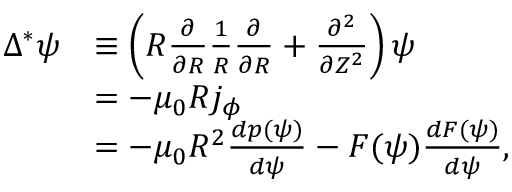
\begin{array} { r l } { \Delta ^ { * } \psi } & { \equiv \left( R \frac { \partial } { \partial R } \frac { 1 } { R } \frac { \partial } { \partial R } + \frac { \partial ^ { 2 } } { \partial Z ^ { 2 } } \right) \psi } \\ & { = - \mu _ { 0 } R j _ { \phi } } \\ & { = - \mu _ { 0 } R ^ { 2 } \frac { d p ( \psi ) } { d \psi } - F ( \psi ) \frac { d F ( \psi ) } { d \psi } , } \end{array}